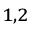
^ { 1 , 2 }